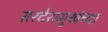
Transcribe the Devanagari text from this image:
सरदेशमुखंच्या